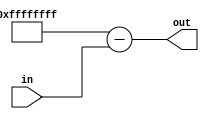
// Copyright 2023 Enno Schnackenberg
//
// Licensed under the Apache License, Version 2.0 (the "License");
// you may not use this file except in compliance with the License.
// You may obtain a copy of the License at
//
//      http://www.apache.org/licenses/LICENSE-2.0
//
// Unless required by applicable law or agreed to in writing, software
// distributed under the License is distributed on an "AS IS" BASIS,
// WITHOUT WARRANTIES OR CONDITIONS OF ANY KIND, either express or implied.
// See the License for the specific language governing permissions and
// limitations under the License.

//
// original creator: Matt Venn
// source: 
// https://github.com/The-OpenROAD-Project/OpenLane/blob/master/designs/inverter/src/inverter.v
//

`timescale 1ns/1ns
`default_nettype none
module inverter (
    input wire  [31:0] in,
    output wire [31:0] out
    );

    assign out = ('hFFFFFFFF-in);

endmodule